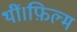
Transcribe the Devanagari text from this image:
थीं।फ़िल्म